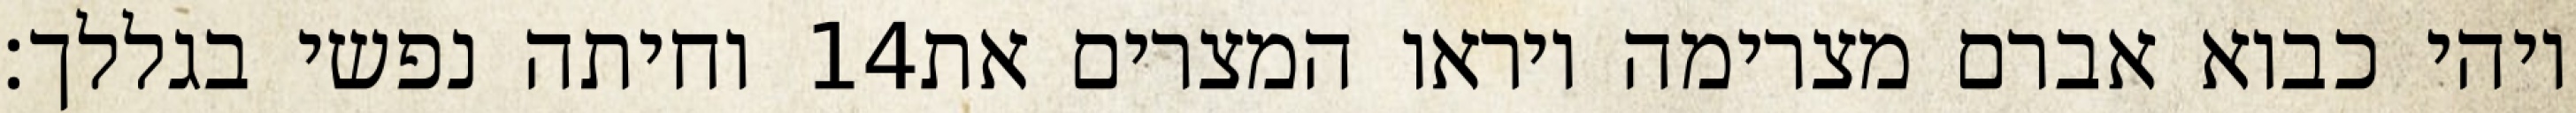
וחיתה נפשי בגללך׃ ‎14‏ ויהי כבוא אברם מצרימה ויראו המצרים את